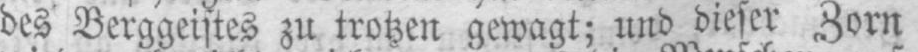
des Berggeistes zu trotzen gewagt; und dieser Zorn